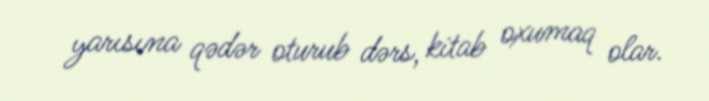
yarısına qədər oturub dərs, kitab oxumaq olar.